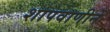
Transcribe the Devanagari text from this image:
शापवाणीने